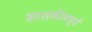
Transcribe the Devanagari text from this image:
शासकीयपूर्व